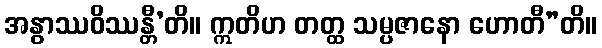
အနွာဿဝိဿန္တီ’တိ။ ဣတိဟ တတ္ထ သမ္ပဇာနော ဟောတီ”တိ။